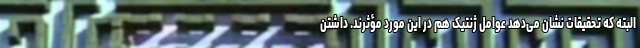
البته که تحقیقات نشان می‌دهد عوامل ژنتیک هم در این مورد مؤثرند. داشتن